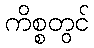
ကိစ္စတွင်